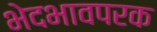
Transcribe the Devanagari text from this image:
भेदभावपरक